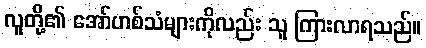
လူတို့၏ အော်ဟစ်သံများကိုလည်း သူ ကြားလာရသည်။